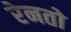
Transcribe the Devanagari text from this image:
रेनतो